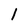
Character: l